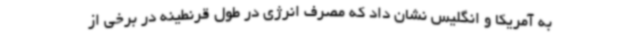
به آمریکا و انگلیس نشان داد که مصرف انرژی در طول قرنطینه در برخی از